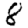
Digit: 8